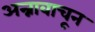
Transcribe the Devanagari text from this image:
अन्नावाचून